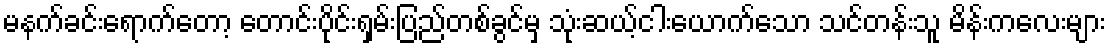
မနက်ခင်းရောက်တော့ တောင်းပိုင်းရှမ်းပြည်တစ်ခွင်မှ သုံးဆယ့်ငါးယောက်သော သင်တန်းသူ မိန်းကလေးများ